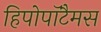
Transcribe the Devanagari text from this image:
हिपोपॉटैमस